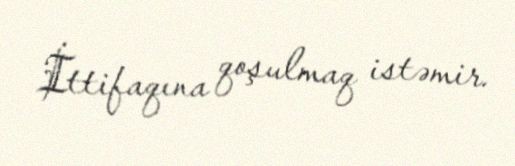
İttifaqına qoşulmaq istəmir.